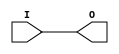
// $Header: /devl/xcs/repo/env/Databases/CAEInterfaces/xec_libs/data/unisims/OBUF.v,v 1.2 2007/05/02 17:24:18 vandanad Exp $

/*

FUNCTION	: OUTPUT BUFFER

*/

`celldefine
`timescale  100 ps / 10 ps

module OBUF (O, I);
    
    parameter CAPACITANCE = "DONT_CARE";
    parameter DRIVE = 12;
    parameter IOSTANDARD = "DEFAULT";
    parameter SLEW = "SLOW";

    output O;

    input  I;

    bufif0 B1 (O, I, 1'b0);

endmodule